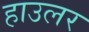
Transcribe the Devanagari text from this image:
हाउलर